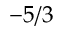
- 5 / 3